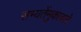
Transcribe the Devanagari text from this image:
सभ्यतेंमुकाबले